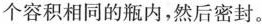
个容积相同的瓶内，然后密封。